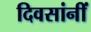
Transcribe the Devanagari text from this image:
दिवसांनीं